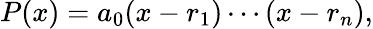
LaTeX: P(x)=a_{0}(x-r_{1})\cdots(x-r_{n}),